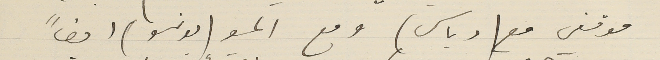
موقفي مع (دباس) ومع المسيو (بونسو) ايضاً